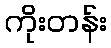
ကိုးတန်း